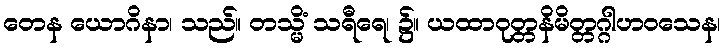
တေန ယောဂိနာ၊ သည်။ တသ္မိံ သရီရေ၊ ၌။ ယထာဝုတ္တနိမိတ္တဂ္ဂါဟဝသေန၊